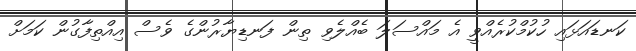
ކަނޑައަޅައި ހުކުމްކުރެއްވީ އެ މައްސަލަ ބެއްލެވި ތިން ފަނޑިޔާރުންގެ ވެސް އިއްތިފާގުން ކަމަށް